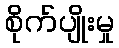
စိုက်ပျိုးမှု